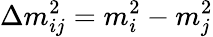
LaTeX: \Delta m_{ij}^{2}=m_{i}^{2}-m_{j}^{2}